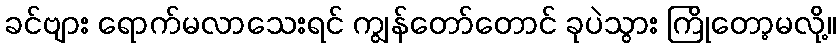
ခင်ဗျား ရောက်မလာသေးရင် ကျွန်တော်တောင် ခုပဲသွား ကြိုတော့မလို့။